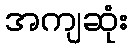
အကျဆုံး